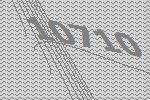
10710